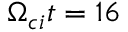
\Omega _ { c i } t = 1 6